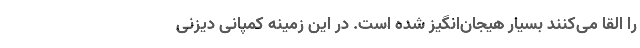
را القا می‌کنند بسیار هیجان‌انگیز شده است. در این زمینه کمپانی دیزنی